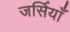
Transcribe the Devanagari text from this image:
जर्सियाँ